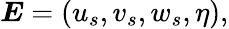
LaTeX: \boldsymbol{E}=(u_{s},v_{s},w_{s},\eta),